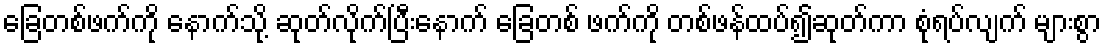
ခြေတစ်ဖက်ကို နောက်သို့ ဆုတ်လိုက်ပြီးနောက် ခြေတစ် ဖက်ကို တစ်ဖန်ထပ်၍ဆုတ်ကာ စုံရပ်လျက် များစွာ